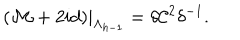
LaTeX: ( { \cal M } + 2 i d ) | _ { \Lambda _ { h - 1 } } = \delta { \cal C } ^ { 2 } \delta ^ { - 1 } .